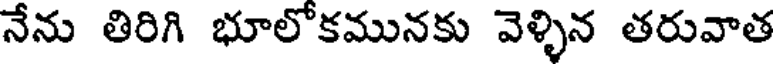
నేను తిరిగి భూలోకమునకు వెళ్ళిన తరువాత